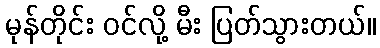
မုန်တိုင်း ဝင်လို့ မီး ပြတ်သွားတယ်။